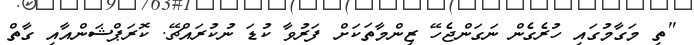
"ތި މަގާމުގައި ހުރެގެން ނަގަންޖެހޭ ޒިންމާތަކަށް ފަރުވާ ކުޑަ ނުކުރައްޗޭ. ކޮރަޕްޝަންއާއި ގާތް